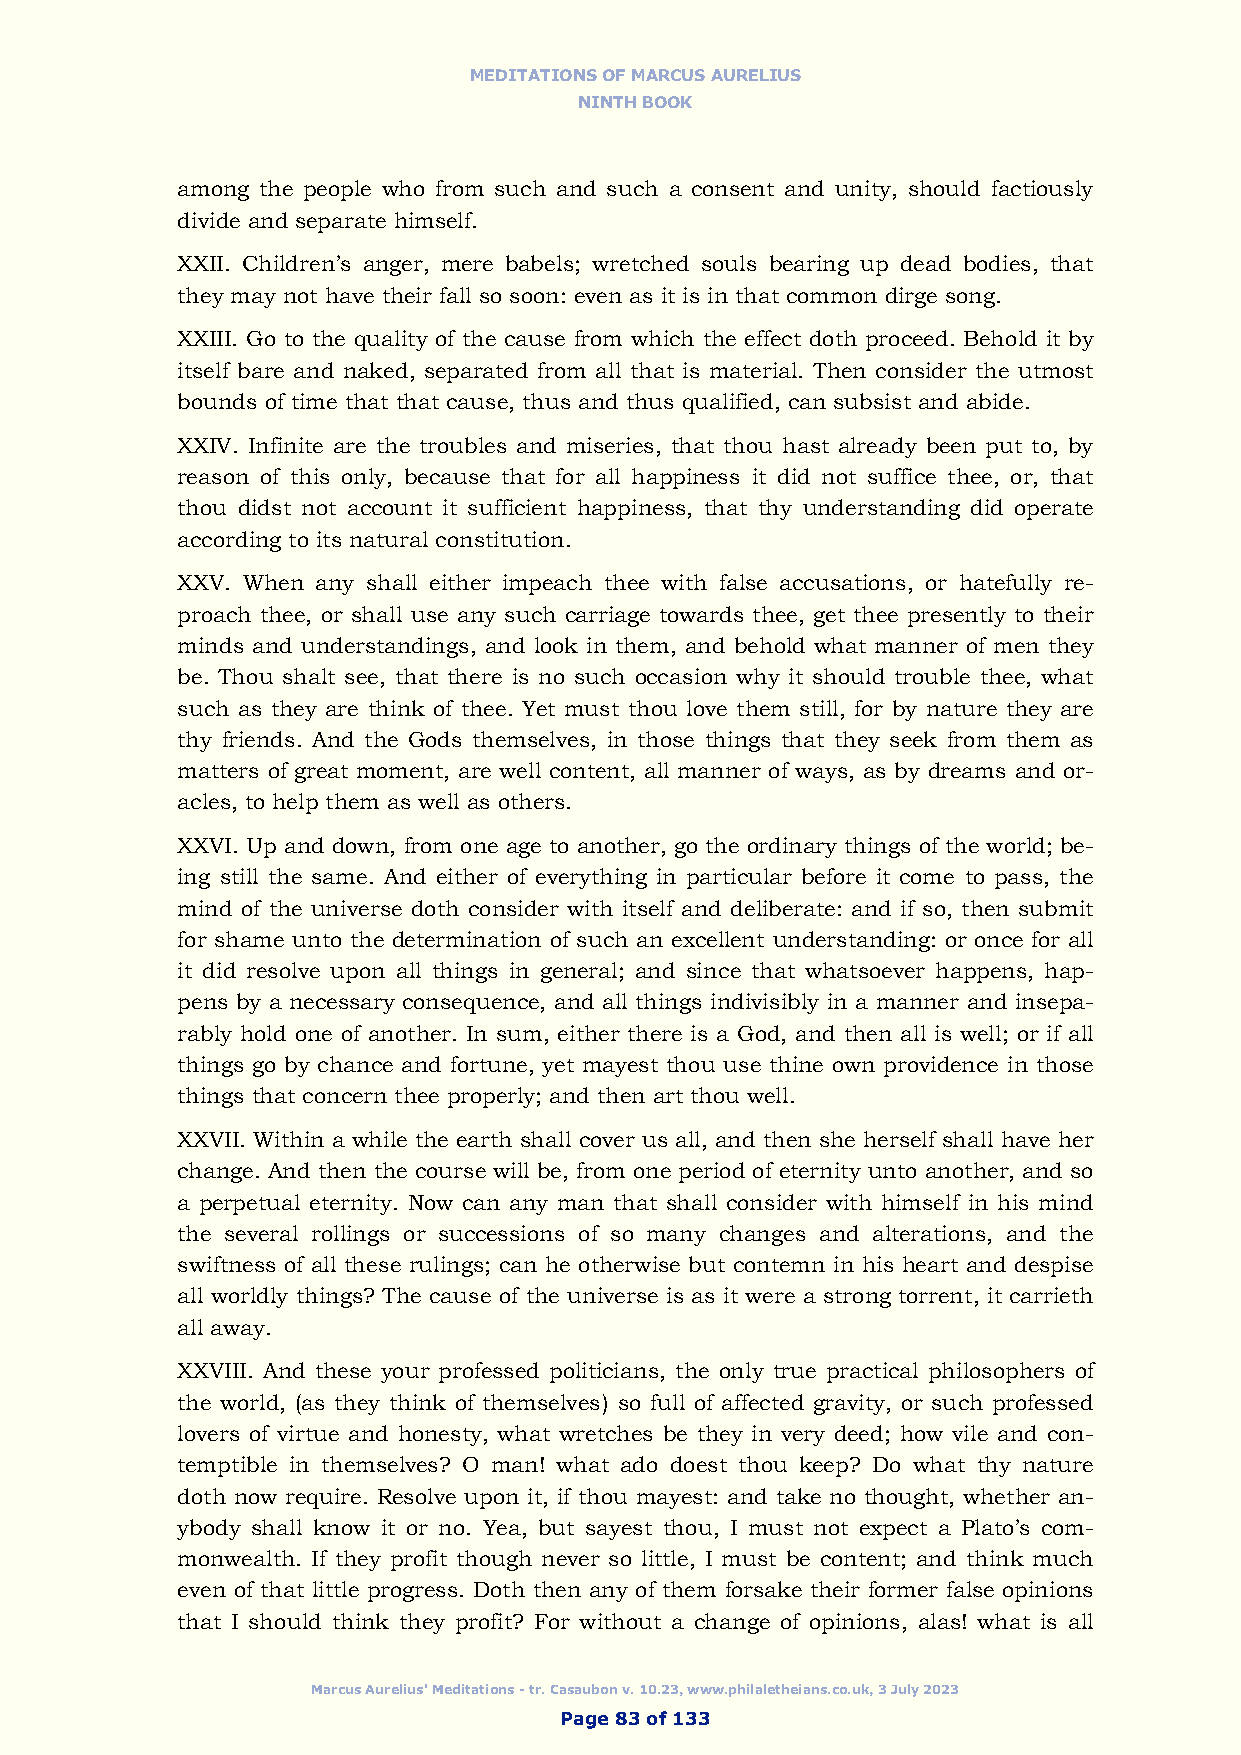
MEDITATIONS OF MARCUS AURELIUS
 NINTH BOOK
 among the people who from such and such a consent and unity, should factiously
 divide and separate himself.
 XXII. Children’s anger, mere babels; wretched souls bearing up dead bodies, that
 they may not have their fall so soon: even as it is in that common dirge song.
 XXIII. Go to the quality of the cause from which the effect doth proceed. Behold it by
 itself bare and naked, separated from all that is material. Then consider the utmost
 bounds of time that that cause, thus and thus qualified, can subsist and abide.
 XXIV. Infinite are the troubles and miseries, that thou hast already been put to, by
 reason of this only, because that for all happiness it did not suffice thee, or, that
 thou didst not account it sufficient happiness, that thy understanding did operate
 according to its natural constitution.
 XXV. When any shall either impeach thee with false accusations, or hatefully re-
 proach thee, or shall use any such carriage towards thee, get thee presently to their
 minds and understandings, and look in them, and behold what manner of men they
 be. Thou shalt see, that there is no such occasion why it should trouble thee, what
 such as they are think of thee. Yet must thou love them still, for by nature they are
 thy friends. And the Gods themselves, in those things that they seek from them as
 matters of great moment, are well content, all manner of ways, as by dreams and or-
 acles, to help them as well as others.
 XXVI. Up and down, from one age to another, go the ordinary things of the world; be-
 ing still the same. And either of everything in particular before it come to pass, the
 mind of the universe doth consider with itself and deliberate: and if so, then submit
 for shame unto the determination of such an excellent understanding: or once for all
 it did resolve upon all things in general; and since that whatsoever happens, hap-
 pens by a necessary consequence, and all things indivisibly in a manner and insepa-
 rably hold one of another. In sum, either there is a God, and then all is well; or if all
 things go by chance and fortune, yet mayest thou use thine own providence in those
 things that concern thee properly; and then art thou well.
 XXVII. Within a while the earth shall cover us all, and then she herself shall have her
 change. And then the course will be, from one period of eternity unto another, and so
 a perpetual eternity. Now can any man that shall consider with himself in his mind
 the several rollings or successions of so many changes and alterations, and the
 swiftness of all these rulings; can he otherwise but contemn in his heart and despise
 all worldly things? The cause of the universe is as it were a strong torrent, it carrieth
 all away.
 XXVIII. And these your professed politicians, the only true practical philosophers of
 the world, (as they think of themselves) so full of affected gravity, or such professed
 lovers of virtue and honesty, what wretches be they in very deed; how vile and con-
 temptible in themselves? O man! what ado doest thou keep? Do what thy nature
 doth now require. Resolve upon it, if thou mayest: and take no thought, whether an-
 ybody shall know it or no. Yea, but sayest thou, I must not expect a Plato’s com-
 monwealth. If they profit though never so little, I must be content; and think much
 even of that little progress. Doth then any of them forsake their former false opinions
 that I should think they profit? For without a change of opinions, alas! what is all
 Marcus Aurelius' Meditations - tr. Casaubon v. 10.23, www.philaletheians.co.uk, 3 July 2023
 Page 83 of 133